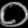
Digit: ၀